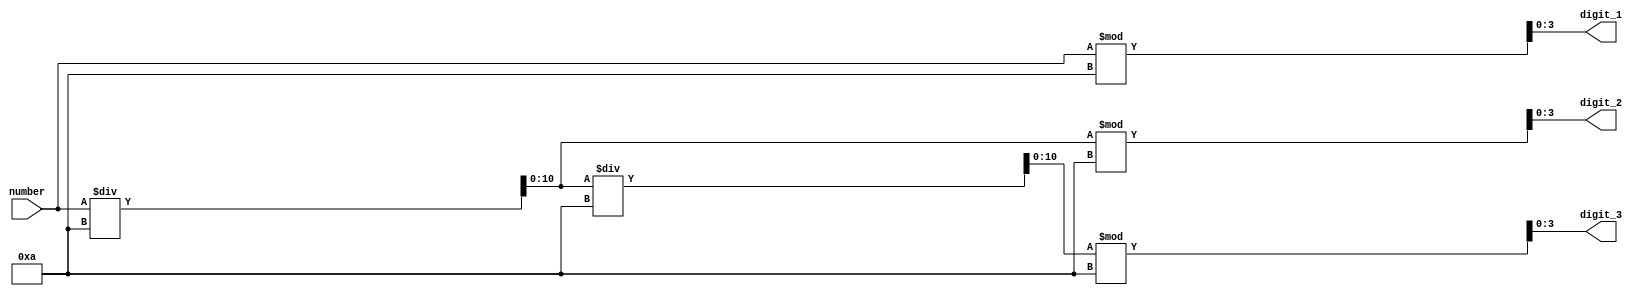
`timescale 1ns / 1ps
//////////////////////////////////////////////////////////////////////////////////
// Company: 
// Engineer: 
// 
// Design Name: 
// Module Name:    extract_digits 
// Project Name: 
// Target Devices: 
// Tool versions: 
// Description: 
//
// Dependencies: 
//
// Revision: 
// Revision 0.01 - File Created
// Additional Comments: 
//
//////////////////////////////////////////////////////////////////////////////////
module extract_digits(
    input [10:0] number, // signed magnitude
    output [3:0] digit_1,
    output [3:0] digit_2,
    output [3:0] digit_3
    );
	 
	 // Registers
	 reg [10:0] temp;
	 reg [3:0] digit_1_reg;
	 reg [3:0] digit_2_reg;
	 reg [3:0] digit_3_reg;
	 
	 always @(*)
	 begin
		temp = number;
		
		digit_1_reg = temp % 10;
		temp = temp / 10;
		digit_2_reg = temp % 10;
		temp = temp / 10;
		digit_3_reg = temp % 10;
	 end
	 
	 assign digit_1 = digit_1_reg;
	 assign digit_2 = digit_2_reg;
	 assign digit_3 = digit_3_reg;

endmodule